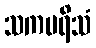
သကပရိသံ